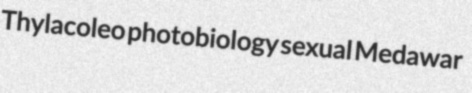
Thylacoleo photobiology sexual Medawar